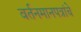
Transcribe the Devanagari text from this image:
वर्तनमानपत्रांचे